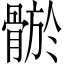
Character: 𩩦